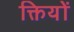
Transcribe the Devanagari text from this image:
क्तियों